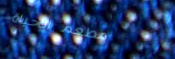
مطعم الحياة